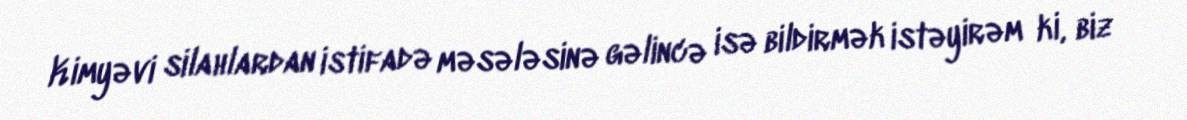
Kimyəvi silahlardan istifadə məsələsinə gəlincə isə bildirmək istəyirəm ki, biz